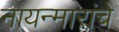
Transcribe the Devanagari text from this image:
नायन्मारांचे